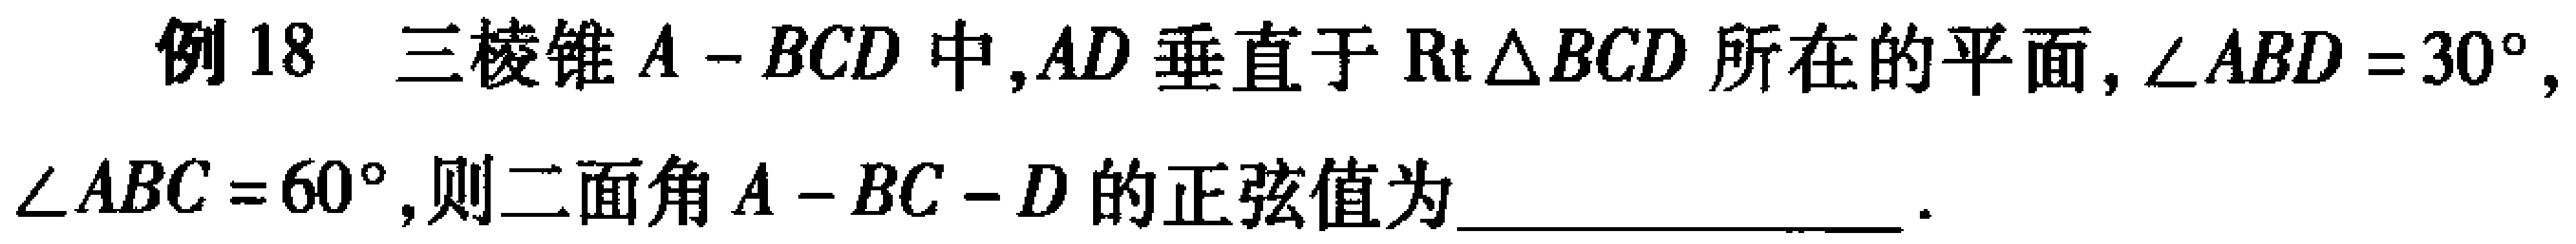
例18 三棱锥\(A - BCD\)中,\(AD\)垂直于\(\mathrm{Rt}\triangle BCD\)所在的平面,\(\angle ABD = 30^{\circ},\angle ABC = 60^{\circ},\)则二面角\(A - BC - D\)的正弦值为________________.